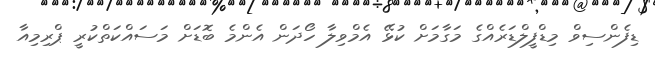
ޑިފެންސިވް މިޑްފީލްޑަރެއްގެ މަގާމަށް ކުޅޭ އެމްވިލާ ހޯދަން އެންމެ ބޮޑަށް މަސައްކަތްކުރީ ޕްރިމިއާ